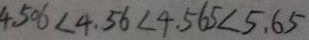
4 . 5 0 6 < 4 . 5 6 < 4 . 5 6 5 < 5 . 6 5